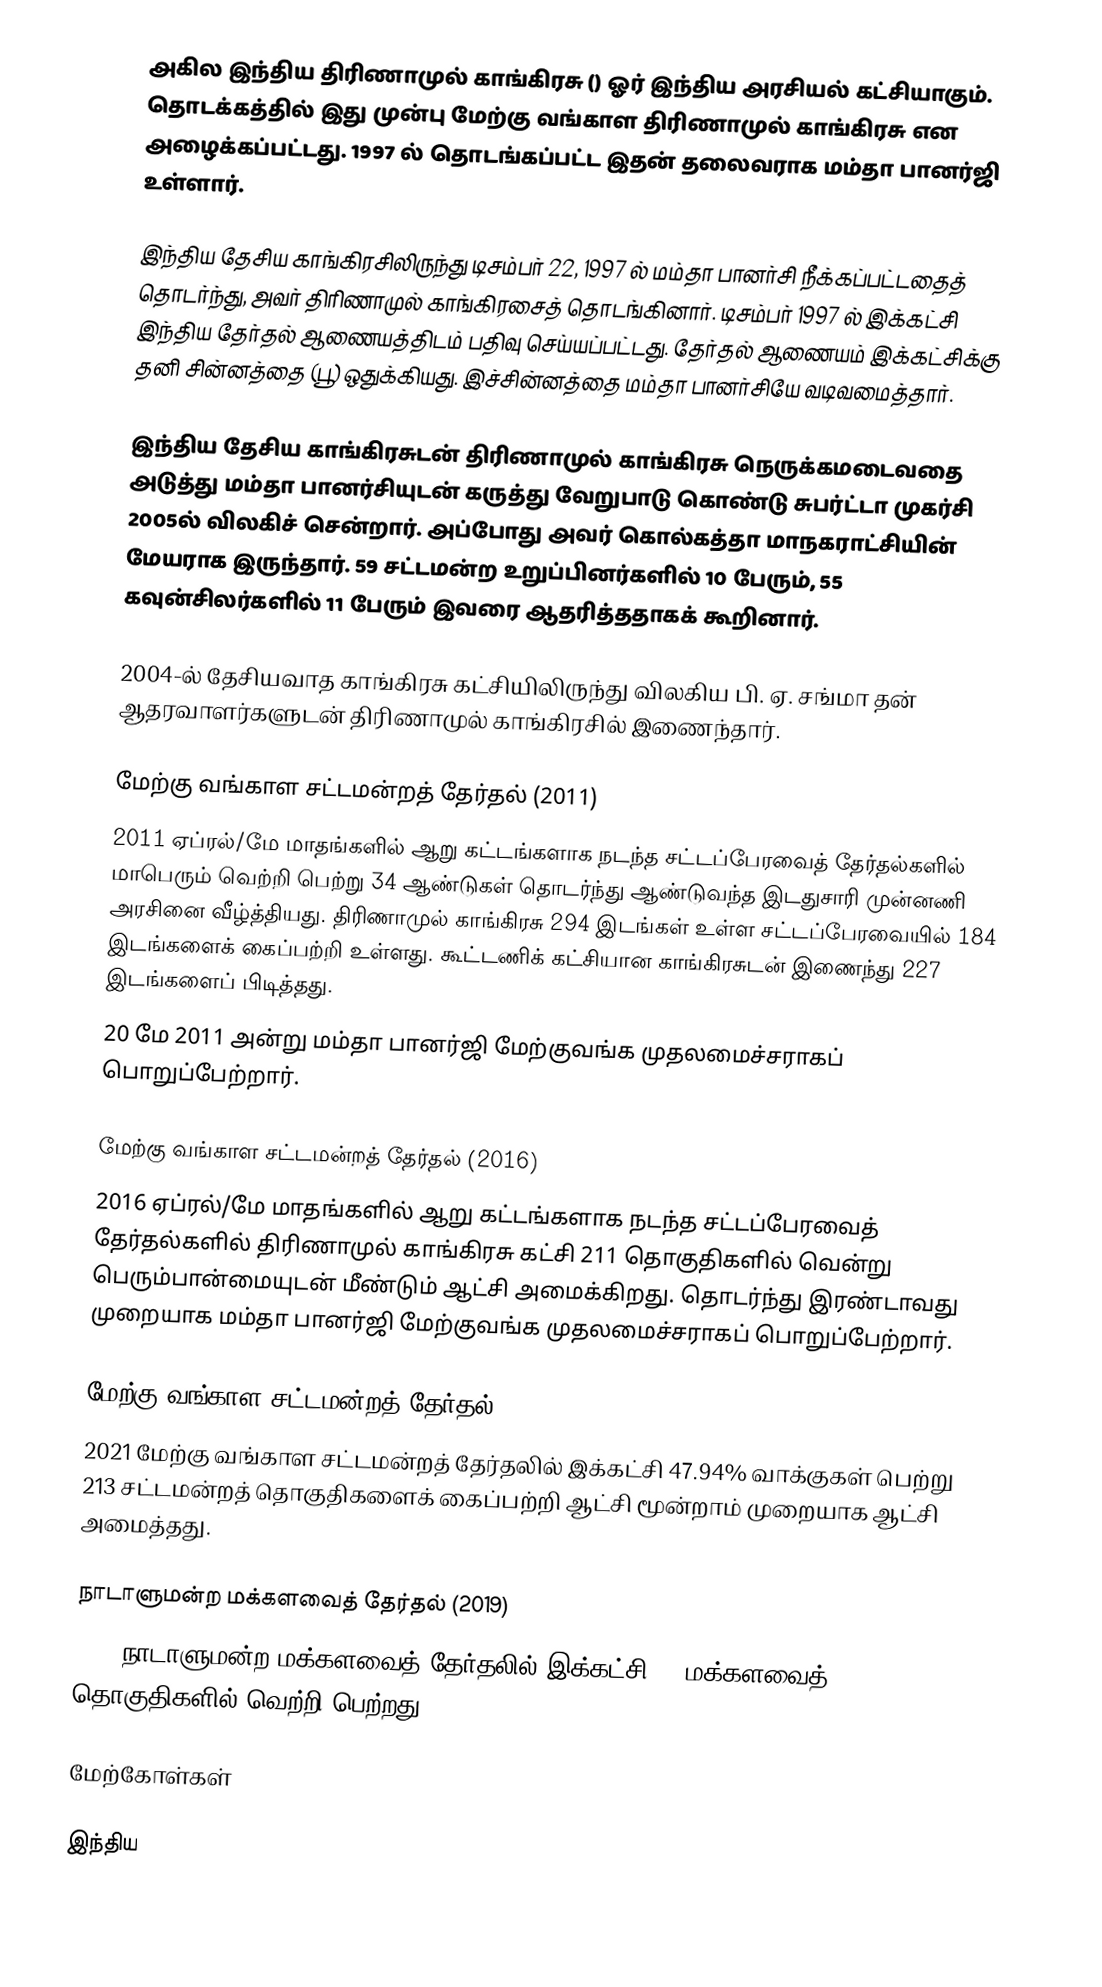
அகில இந்திய திரிணாமுல் காங்கிரசு () ஓர் இந்திய அரசியல் கட்சியாகும். தொடக்கத்தில் இது முன்பு மேற்கு வங்காள திரிணாமுல் காங்கிரசு என அழைக்கப்பட்டது. 1997 ல் தொடங்கப்பட்ட இதன் தலைவராக மம்தா பானர்ஜி உள்ளார்.

இந்திய தேசிய காங்கிரசிலிருந்து டிசம்பர் 22, 1997 ல் மம்தா பானர்சி நீக்கப்பட்டதைத் தொடர்ந்து, அவர் திரிணாமுல் காங்கிரசைத் தொடங்கினார். டிசம்பர் 1997 ல் இக்கட்சி இந்திய தேர்தல் ஆணையத்திடம் பதிவு செய்யப்பட்டது. தேர்தல் ஆணையம் இக்கட்சிக்கு தனி சின்னத்தை (பூ) ஒதுக்கியது. இச்சின்னத்தை மம்தா பானர்சியே வடிவமைத்தார்.

இந்திய தேசிய காங்கிரசுடன் திரிணாமுல் காங்கிரசு நெருக்கமடைவதை அடுத்து மம்தா பானர்சியுடன் கருத்து வேறுபாடு கொண்டு சுபர்ட்டா முகர்சி 2005ல் விலகிச் சென்றார். அப்போது அவர் கொல்கத்தா மாநகராட்சியின் மேயராக இருந்தார். 59 சட்டமன்ற உறுப்பினர்களில் 10 பேரும், 55 கவுன்சிலர்களில் 11 பேரும் இவரை ஆதரித்ததாகக் கூறினார்.

2004-ல் தேசியவாத காங்கிரசு கட்சியிலிருந்து விலகிய பி. ஏ. சங்மா தன் ஆதரவாளர்களுடன் திரிணாமுல் காங்கிரசில் இணைந்தார்.

மேற்கு வங்காள சட்டமன்றத் தேர்தல் (2011)
2011 ஏப்ரல்/மே மாதங்களில் ஆறு கட்டங்களாக நடந்த சட்டப்பேரவைத் தேர்தல்களில் மாபெரும் வெற்றி பெற்று 34 ஆண்டுகள் தொடர்ந்து ஆண்டுவந்த இடதுசாரி முன்னணி அரசினை வீழ்த்தியது. திரிணாமுல் காங்கிரசு 294 இடங்கள் உள்ள சட்டப்பேரவையில் 184 இடங்களைக் கைப்பற்றி உள்ளது. கூட்டணிக் கட்சியான காங்கிரசுடன் இணைந்து 227 இடங்களைப் பிடித்தது.
20 மே 2011 அன்று மம்தா பானர்ஜி மேற்குவங்க முதலமைச்சராகப்   பொறுப்பேற்றார்.

மேற்கு வங்காள சட்டமன்றத் தேர்தல் (2016)
2016 ஏப்ரல்/மே மாதங்களில் ஆறு கட்டங்களாக நடந்த சட்டப்பேரவைத் தேர்தல்களில் திரிணாமுல் காங்கிரசு கட்சி 211 தொகுதிகளில் வென்று பெரும்பான்மையுடன் மீண்டும் ஆட்சி அமைக்கிறது. தொடர்ந்து இரண்டாவது முறையாக மம்தா பானர்ஜி மேற்குவங்க முதலமைச்சராகப் பொறுப்பேற்றார்.

மேற்கு வங்காள சட்டமன்றத் தேர்தல் (2021)
2021 மேற்கு வங்காள சட்டமன்றத் தேர்தலில் இக்கட்சி 47.94% வாக்குகள் பெற்று 213 சட்டமன்றத் தொகுதிகளைக் கைப்பற்றி ஆட்சி மூன்றாம் முறையாக ஆட்சி அமைத்தது.

நாடாளுமன்ற மக்களவைத் தேர்தல் (2019)
2019 நாடாளுமன்ற மக்களவைத் தேர்தலில் இக்கட்சி 22 மக்களவைத் தொகுதிகளில் வெற்றி பெற்றது.

மேற்கோள்கள்

இந்திய